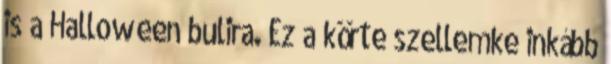
is a Halloween bulira. Ez a körte szellemke inkább